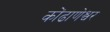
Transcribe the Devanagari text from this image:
कोंढाणेश्वर